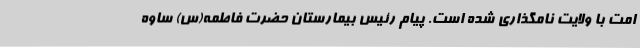
امت با ولایت نامگذاری شده است. پیام رئیس بیمارستان حضرت فاطمه(س) ساوه